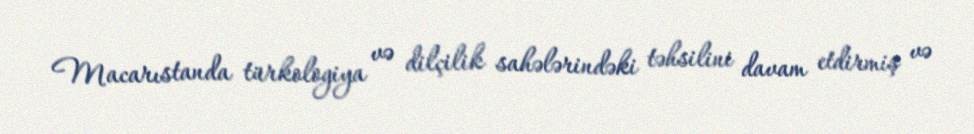
Macarıstanda türkologiya və dilçilik sahələrindəki təhsilini davam etdirmiş və